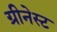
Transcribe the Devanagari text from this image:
ग्रीनेस्ट